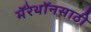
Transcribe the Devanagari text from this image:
मॅरेथॉनसाठी